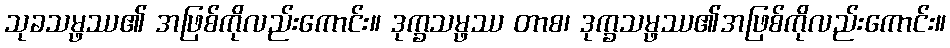
သုခသမ္ဖဿ၏ အဖြစ်ကိုလည်းကောင်း။ ဒုက္ခသမ္ဖဿ တာစ၊ ဒုက္ခသမ္ဖဿ၏အဖြစ်ကိုလည်းကောင်း။